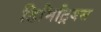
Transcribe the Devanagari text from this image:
डिमिट्रियस